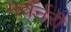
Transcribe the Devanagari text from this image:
गवर्नरी